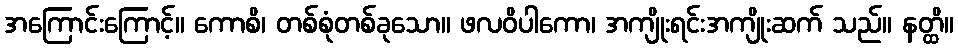
အကြောင်းကြောင့်။ ကောစိ၊ တစ်စုံတစ်ခုသော။ ဖလဝိပါကော၊ အကျိုးရင်းအကျိုးဆက် သည်။ နတ္ထိ။